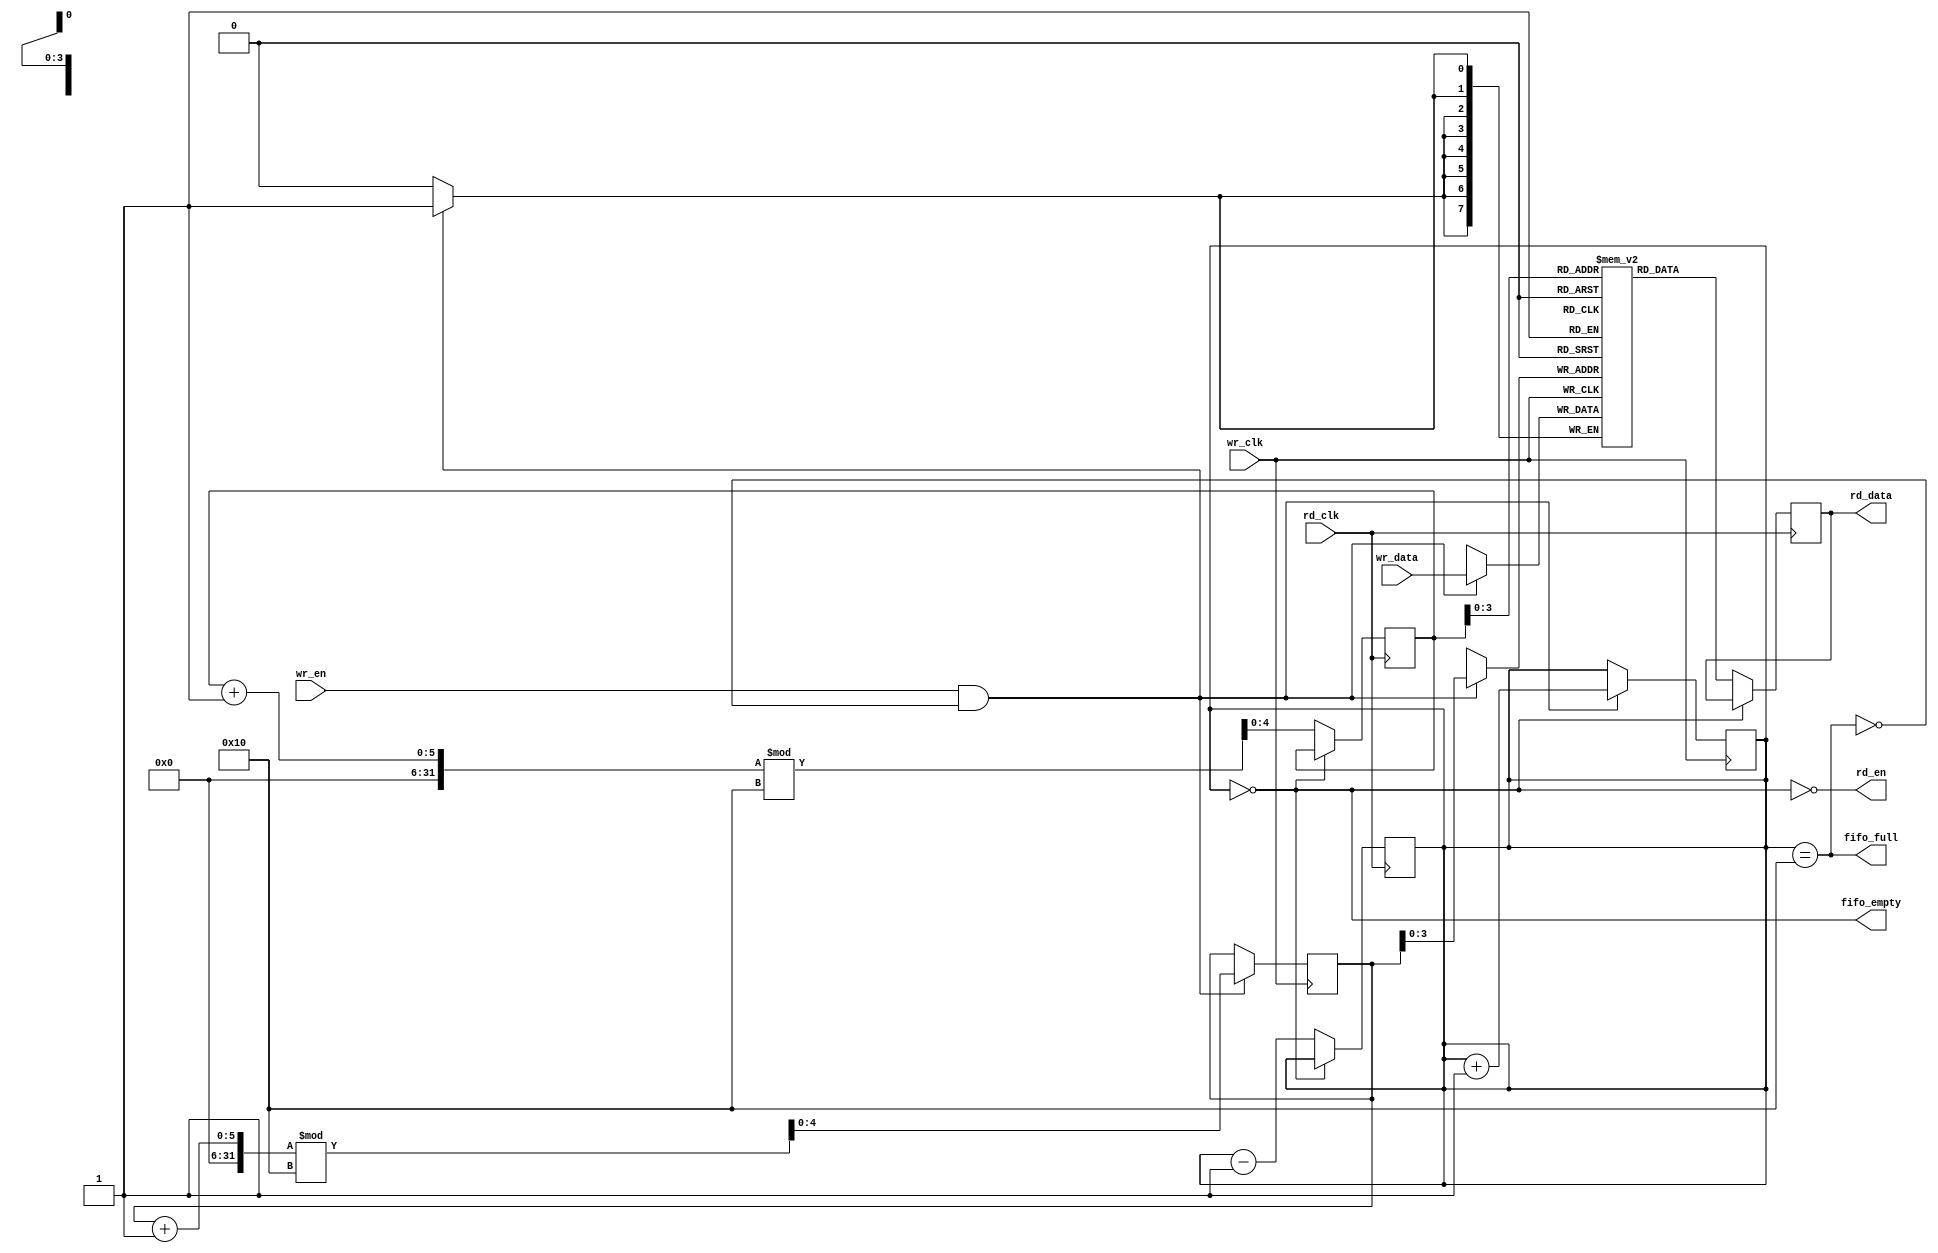
module fifo_synchronizer #(
    parameter DATA_WIDTH = 8,
    parameter FIFO_DEPTH = 16
)(
    input wire wr_clk,          // Write clock (source domain)
    input wire rd_clk,          // Read clock (destination domain)
    input wire wr_en,           // Write enable
    input wire [DATA_WIDTH-1:0] wr_data, // Data input
    output wire rd_en,          // Read enable
    output wire [DATA_WIDTH-1:0] rd_data, // Data output
    output wire fifo_full,      // FIFO full flag
    output wire fifo_empty      // FIFO empty flag
);

    // FIFO memory
    reg [DATA_WIDTH-1:0] fifo_mem [0:FIFO_DEPTH-1];
    reg [4:0] wr_ptr = 0;      // Write pointer
    reg [4:0] rd_ptr = 0;      // Read pointer
    reg [4:0] count = 0;       // Number of elements in FIFO

    // Write control logic
    always @(posedge wr_clk) begin
        if (wr_en && !fifo_full) begin
            fifo_mem[wr_ptr] <= wr_data; // Write data to FIFO
            wr_ptr <= (wr_ptr + 1) % FIFO_DEPTH; // Increment write pointer
            count <= count + 1; // Increment count
        end
    end

    // Read control logic
    assign rd_en = !fifo_empty; // Read enable when FIFO is not empty

    always @(posedge rd_clk) begin
        if (rd_en) begin
            rd_data <= fifo_mem[rd_ptr]; // Read data from FIFO
            rd_ptr <= (rd_ptr + 1) % FIFO_DEPTH; // Increment read pointer
            count <= count - 1; // Decrement count
        end
    end

    // Full and empty flag logic
    assign fifo_full = (count == FIFO_DEPTH);
    assign fifo_empty = (count == 0);

endmodule